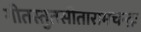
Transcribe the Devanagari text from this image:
गीतस्तुतसीतारामचन्द्रः